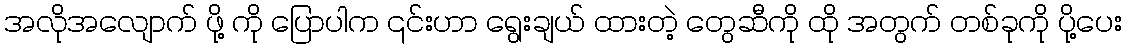
အလိုအလျောက် ဖို့ ကို ပြောပါက ၎င်းဟာ ရွေးချယ် ထားတဲ့ တွေဆီကို ထို အတွက် တစ်ခုကို ပို့ပေး